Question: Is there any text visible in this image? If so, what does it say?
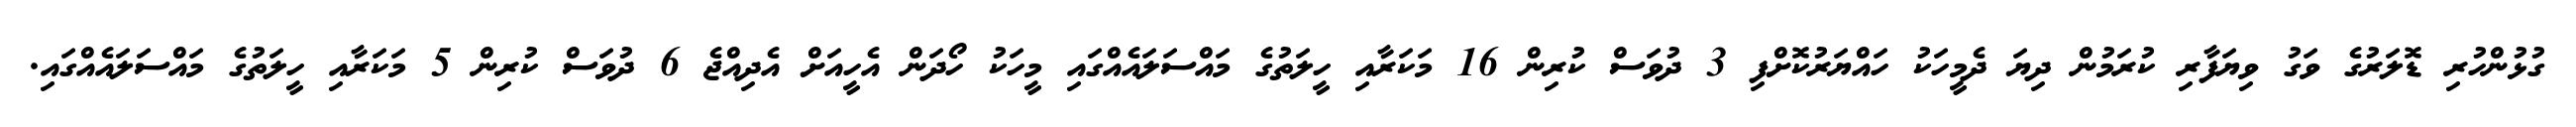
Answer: ގުޅުންހުރި ޑޮލަރުގެ ވަގު ވިޔަފާރި ކުރަމުން ދިޔަ ދެމީހަކު ހައްޔަރުކޮށްފި 3 ދުވަސް ކުރިން 16 މަކަރާއި ހީލަތުގެ މައްސަލައެއްގައި މީހަކު ހޯދަން އެހީއަށް އެދިއްޖެ 6 ދުވަސް ކުރިން 5 މަކަރާއި ހީލަތުގެ މައްސަލައެއްގައި.